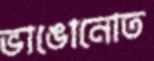
ভাঙোনোত